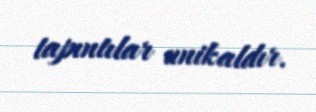
tapıntılar unikaldır.